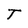
Character: T